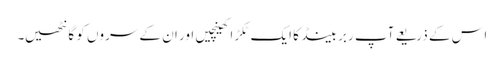
اس کے ذریعے آپ ربر بینڈ کا ایک ٹکڑا کھینچیں اور ان کے سروں کو گانٹھیں۔